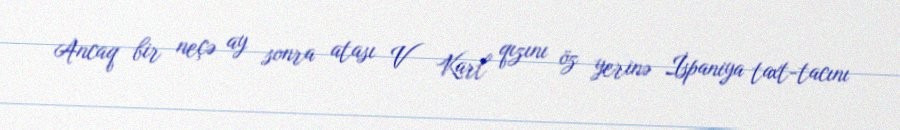
Ancaq bir neçə ay sonra atası V Karl qızını öz yerinə İspaniya taxt-tacını